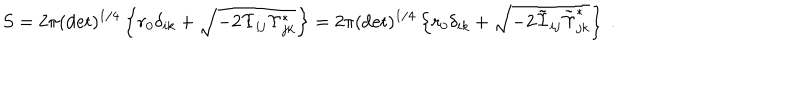
LaTeX: S = 2 \pi ( \det ) ^ { 1 / 4 } \left\{ r _ { 0 } \delta _ { i k } + \sqrt { - 2 \Upsilon _ { i j } \Upsilon _ { j k } ^ { * } } \right\} = 2 \pi ( \det ) ^ { 1 / 4 } \left\{ r _ { 0 } \delta _ { i k } + \sqrt { - 2 \tilde { \Upsilon } _ { i j } \tilde { \Upsilon } _ { j k } ^ { * } } \right\} \ .